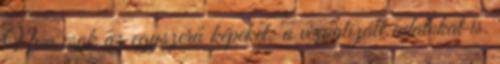
Nem csak az egyszerű képeket: a vizualizált adatokat is.